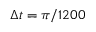
\Delta t = \pi / 1 2 0 0